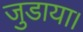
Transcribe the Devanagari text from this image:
जुडाया।